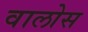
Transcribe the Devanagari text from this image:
वालोस